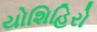
યોશિહિરો